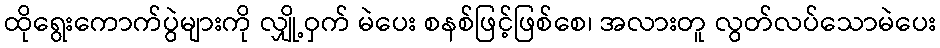
ထိုရွေးကောက်ပွဲများကို လျှို့ဝှက် မဲပေး စနစ်ဖြင့်ဖြစ်စေ၊ အလားတူ လွတ်လပ်သောမဲပေး